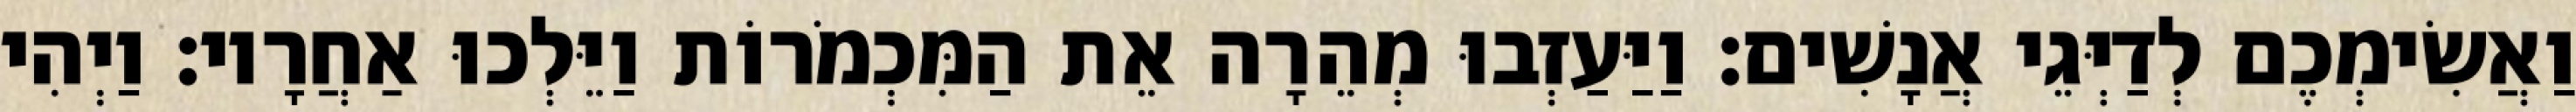
וַאֲשִׂימְכֶם לְדַיְּגֵי אֲנָשִׁים׃ וַיַּעַזְבוּ מְהֵרָה אֵת הַמִּכְמֹרוֹת וַיֵּלְכוּ אַחֲרָיו׃ וַיְהִי